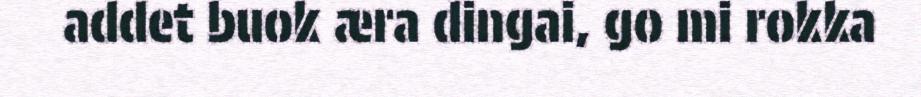
addet buok æra dingai, go mi rokka